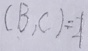
( B , C ) = 1